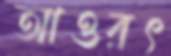
আওরৎ